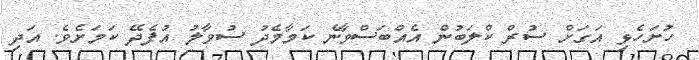
ހުށަހެޅި އަގަށް ސުރް ކްލަބުން އެއްބަސްވާނެ ކަމާމެދު ސުވާލު އުފެދޭ ކަމަށެވެ. އަދި